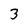
Character: 3